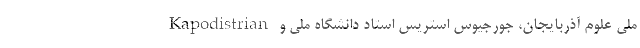
ملی علوم آذربایجان، جورجیوس استریس استاد دانشگاه ملی و Kapodistrian